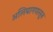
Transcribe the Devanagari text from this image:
अलिबागपासून